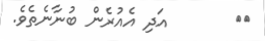
٢٠       އަދި އެއުރެން ބުނާނެތެވެ.